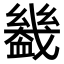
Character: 𧗒